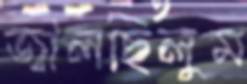
জ্বালছিলুম